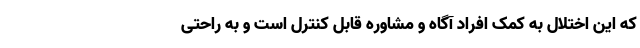
که این اختلال به کمک افراد آگاه و مشاوره قابل کنترل است و به راحتی